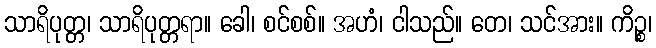
သာရိပုတ္တ၊ သာရိပုတ္တရာ။ ခေါ၊ စင်စစ်။ အဟံ၊ ငါသည်။ တေ၊ သင်အား။ ကိဉ္စ၊